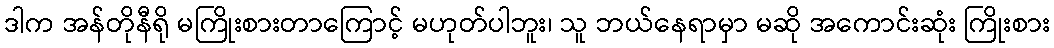
ဒါက အန်တိုနီရို မကြိုးစားတာကြောင့် မဟုတ်ပါဘူး၊ သူ ဘယ်နေရာမှာ မဆို အကောင်းဆုံး ကြိုးစား